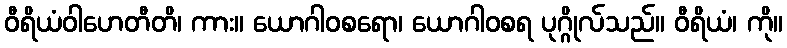
ဝီရိယံဝါဟေတီတိ၊ ကား။ ယောဂါဝစရော၊ ယောဂါဝစရ ပုဂ္ဂိုလ်သည်။ ဝီရိယံ၊ ကို။